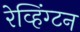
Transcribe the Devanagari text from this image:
रेव्हिंग्टन